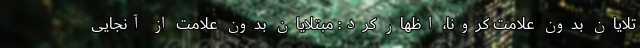
تلایان بدون علامت کرونا، اظهار کرد: مبتلایان بدون علامت از آنجایی